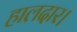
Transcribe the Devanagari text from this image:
हालदार।